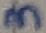
Text: 3